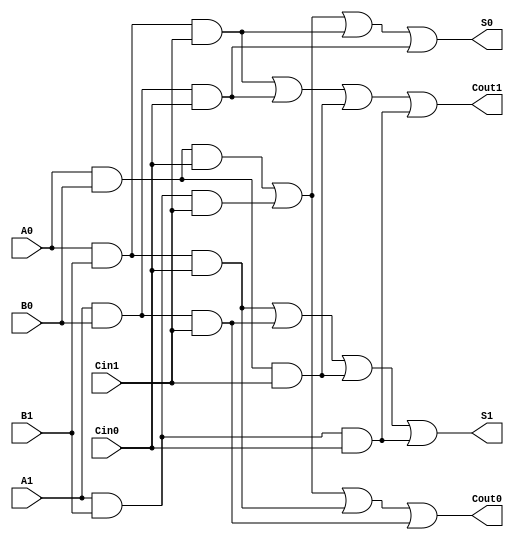
module dual_rail_full_adder (
    input  wire A0, A1,  // Dual-rail representation of input A
    input  wire B0, B1,  // Dual-rail representation of input B
    input  wire Cin0, Cin1,  // Dual-rail representation of carry-in
    output wire S0, S1,  // Dual-rail representation of sum output
    output wire Cout0, Cout1  // Dual-rail representation of carry-out
);

    // Intermediate signals for sum and carry-out calculations
    wire sum0_condition1 = A0 & B0 & Cin0; // A=0, B=0, Cin=0
    wire sum0_condition2 = A1 & B1 & Cin1; // A=1, B=1, Cin=1
    wire sum0_condition3 = A0 & B1 & Cin1; // A=0, B=1, Cin=1
    wire sum0_condition4 = A1 & B0 & Cin0; // A=1, B=0, Cin=0

    wire sum1_condition1 = A0 & B1 & Cin0; // A=0, B=1, Cin=0
    wire sum1_condition2 = A1 & B0 & Cin1; // A=1, B=0, Cin=1
    wire sum1_condition3 = A0 & B0 & Cin1; // A=0, B=0, Cin=1
    wire sum1_condition4 = A1 & B1 & Cin0; // A=1, B=1, Cin=0

    wire carry0_condition1 = A0 & B0 & Cin0; // A=0, B=0, Cin=0 for Cout=0
    wire carry0_condition2 = A1 & B1 & Cin1; // A=1, B=1, Cin=1 for Cout=0
    wire carry0_condition3 = A0 & B1 & Cin0; // A=0, B=1, Cin=0 for Cout=0
    wire carry0_condition4 = A1 & B0 & Cin1; // A=1, B=0, Cin=1 for Cout=0

    wire carry1_condition1 = A0 & B1 & Cin1; // A=0, B=1, Cin=1 for Cout=1
    wire carry1_condition2 = A1 & B0 & Cin0; // A=1, B=0, Cin=0 for Cout=1
    wire carry1_condition3 = A0 & B0 & Cin1; // A=0, B=0, Cin=1 for Cout=1
    wire carry1_condition4 = A1 & B1 & Cin0; // A=1, B=1, Cin=0 for Cout=1

    // Sum output logic
    assign S0 = sum0_condition1 | sum0_condition2 | sum0_condition3 | sum0_condition4;
    assign S1 = sum1_condition1 | sum1_condition2 | sum1_condition3 | sum1_condition4;

    // Carry output logic
    assign Cout0 = carry0_condition1 | carry0_condition2 | carry0_condition3 | carry0_condition4;
    assign Cout1 = carry1_condition1 | carry1_condition2 | carry1_condition3 | carry1_condition4;

endmodule